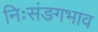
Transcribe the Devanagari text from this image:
निःसंङगभाव